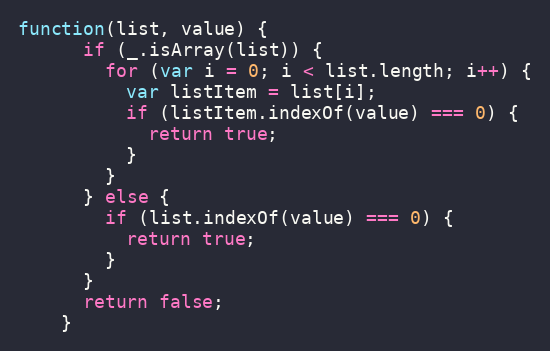
Language: JavaScript
function(list, value) {
      if (_.isArray(list)) {
        for (var i = 0; i < list.length; i++) {
          var listItem = list[i];
          if (listItem.indexOf(value) === 0) {
            return true;
          }
        }
      } else {
        if (list.indexOf(value) === 0) {
          return true;
        }
      }
      return false;
    }